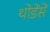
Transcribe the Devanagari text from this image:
थोडेंसें